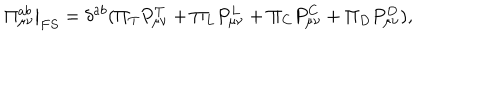
LaTeX: \left. \Pi _ { \mu \nu } ^ { a b } \right| _ { F S } = \delta ^ { a b } ( \Pi _ { T } P _ { \mu \nu } ^ { T } + \Pi _ { L } P _ { \mu \nu } ^ { L } + \Pi _ { C } P _ { \mu \nu } ^ { C } + \Pi _ { D } P _ { \mu \nu } ^ { D } ) ,